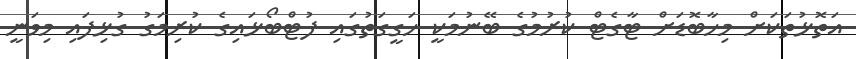
އަތޮޅުތަކަށް މިހާބޮޑަށް ޓާގެޓް ކުރުމުގެ ބޭނުމަކީ ހަގީގަތުގައި ފުޓްބޯޅައިގެ ކުރިމަގު ގުޅިފައި މިވަނީ